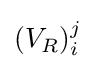
(V_{R})_{i}^{j}